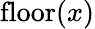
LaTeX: \operatorname{floor}(x)